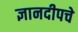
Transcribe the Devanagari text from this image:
ज्ञानदीपचे